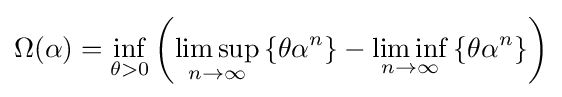
\Omega (\alpha )=\inf _{\theta >0}\left({\limsup _{n\rightarrow \infty }\left\lbrace {\theta \alpha ^{n}}\right\rbrace -\liminf _{n\rightarrow \infty }\left\lbrace {\theta \alpha ^{n}}\right\rbrace }\right)